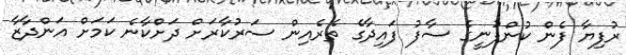
ރުފިޔާ ފެން ކުންފުނީގެ ސާފު ފައިދާގެ ތެރެއިން ސަރުކާރަށް ދަށްކާނެ ކަމަށް އަންދާޒާ